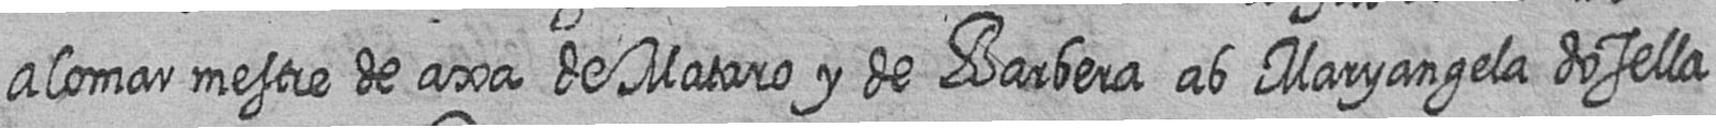
Alomar mestre de axa de Mataro y de Barbera ab Maryangela dosella